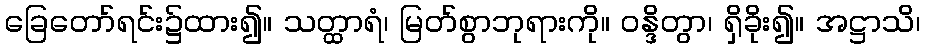
ခြေတော်ရင်း၌ထား၍။ သတ္ထာရံ၊ မြတ်စွာဘုရားကို။ ဝန္ဒိတွာ၊ ရှိခိုး၍။ အဋ္ဌာသိ၊